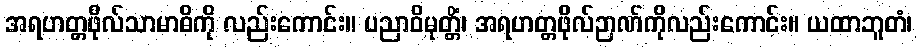
အရဟတ္တဖိုလ်သာမာဓိကို လည်းကောင်း။ ပညာဝိမုတ္တိံ၊ အရဟတ္တဖိုလ်ဉာဏ်ကိုလည်းကောင်း။ ယထာဘူတံ၊